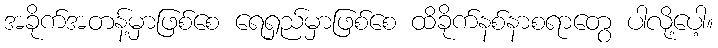
အခိုက်အတန့်မှာဖြစ်စေ ရေရှည်မှာဖြစ်စေ ထိခိုက်နစ်နာစရာတွေ ပါလို့ပေါ့။